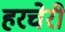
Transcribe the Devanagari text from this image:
हरचेरी